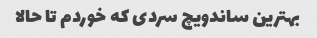
بهترین ساندویچ سردی که خوردم تا حالا